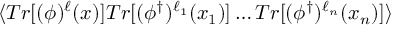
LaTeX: \langle T r [ ( \phi ) ^ { \ell } ( x ) ] T r [ ( \phi ^ { \dagger } ) ^ { \ell _ { 1 } } ( x _ { 1 } ) ] \ldots T r [ ( \phi ^ { \dagger } ) ^ { \ell _ { n } } ( x _ { n } ) ] \rangle